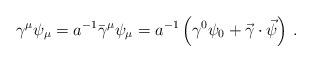
LaTeX: \begin{align*}\gamma ^\mu \psi _\mu= a^{-1}\bar \gamma^\mu \psi _\mu =a^{-1} \left( \gamma ^0\psi _0 +\vec \gamma \cdot \vec \psi \right) \,.\end{align*}